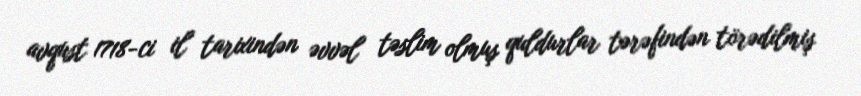
avqust 1718-ci il tarixindən əvvəl təslim olmuş quldurlar tərəfindən törədilmiş